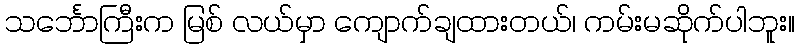
သင်္ဘောကြီးက မြစ် လယ်မှာ ကျောက်ချထားတယ်၊ ကမ်းမဆိုက်ပါဘူး။